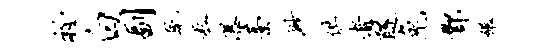
衽白副疏粒瀑藁渺供者隧兔酆碾